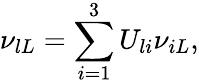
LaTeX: \nu_{lL}=\sum_{i=1}^{3}U_{li}\nu_{iL},